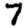
Digit: 7